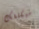
سيكلفك